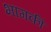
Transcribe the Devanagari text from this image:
भागकी